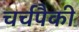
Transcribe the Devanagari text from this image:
चर्चपैकी